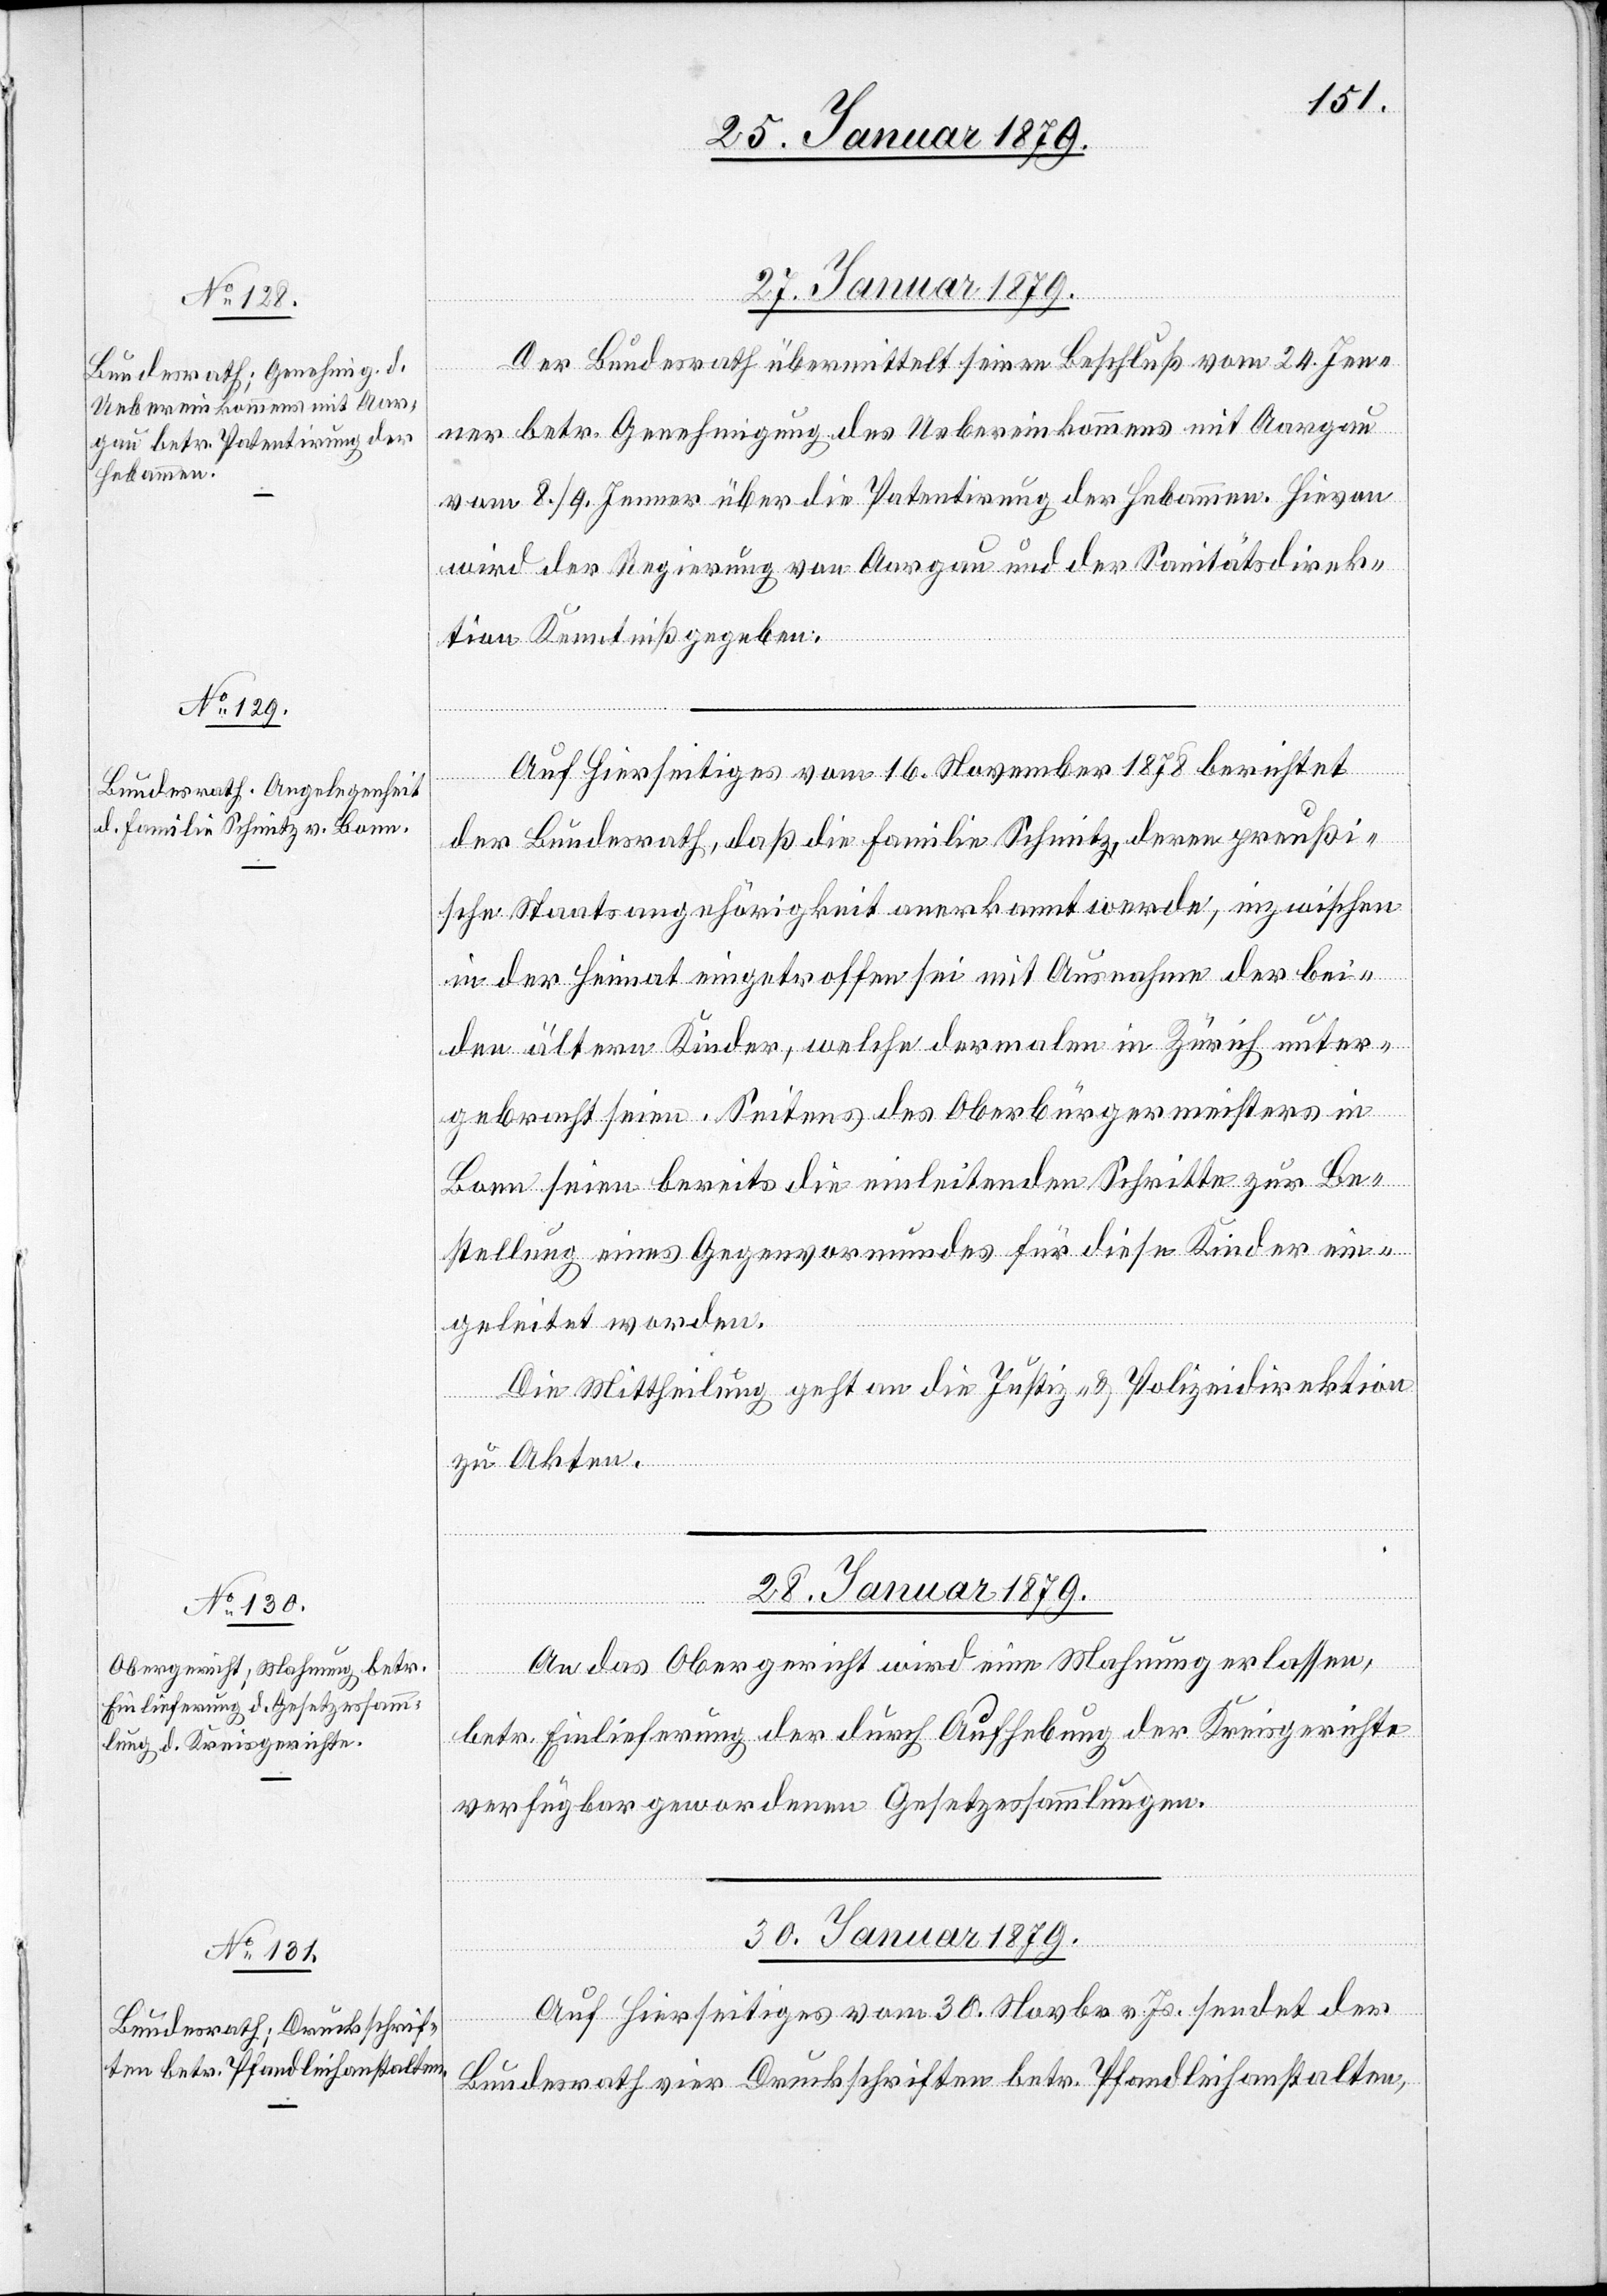
27. Januar 1879.]
Der Bundesrath übermittelt seinen Beschluß vom 24. Jen¬
ner betr. Genehmigung des Uebereinkommens mit Aargau
vom 8./9. Jenner über die Patentirung der Hebammen. Hievon
wird der Regierung von Aargau und der Sanitätsdirek¬
tion Kenntniß gegeben.
Auf Hierseitiges vom 16. November 1878 berichtet
der Bundesrath, daß die Familie Schmitz, deren preußi¬
sche Staatsangehörigkeit anerkannt werde, inzwischen
in der Heimat eingetroffen sei mit Ausnahme der bei¬
den ältern Kinder, welche dermalen in Zürich unter¬
gebracht seien. Seitens des Oberbürgermeisters in
Bonn seien bereits die einleitenden Schritte zur Be¬
stellung eines Gegenvormundes für diese Kinder ein¬
geleitet worden.
Die Mittheilung geht an die Justiz- & Polizeidirektion
zu Akten.
28. Januar 1879.
An das Obergericht wird eine Mahnung erlassen,
betr. Einlieferung der durch Aufhebung der Kreisgerichte
verfügbar gewordenen Gesetzessammlungen.
30. Januar 1879.
Auf Hierseitiges vom 30. Novbr. v. Js. sendet der
Bundesrath vier Druckschriften betr. Pfandleihanstalten,